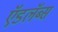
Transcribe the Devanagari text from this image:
ऍडलॅब्स